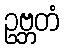
ဥဗ္ဘတံ